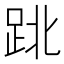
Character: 𨀈